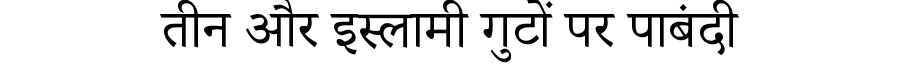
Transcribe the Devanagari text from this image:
तीन और इस्लामी गुटों पर पाबंदी